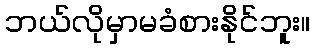
ဘယ်လိုမှာမခံစားနိုင်ဘူး။